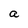
Character: a